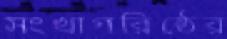
সংখাগরিষ্ঠের